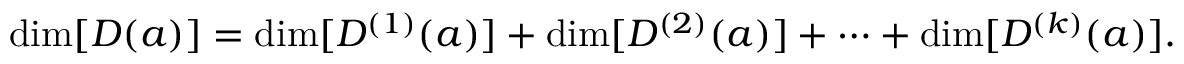
\dim [ D ( a ) ] = \dim [ D ^ { ( 1 ) } ( a ) ] + \dim [ D ^ { ( 2 ) } ( a ) ] + \cdots + \dim [ D ^ { ( k ) } ( a ) ] .